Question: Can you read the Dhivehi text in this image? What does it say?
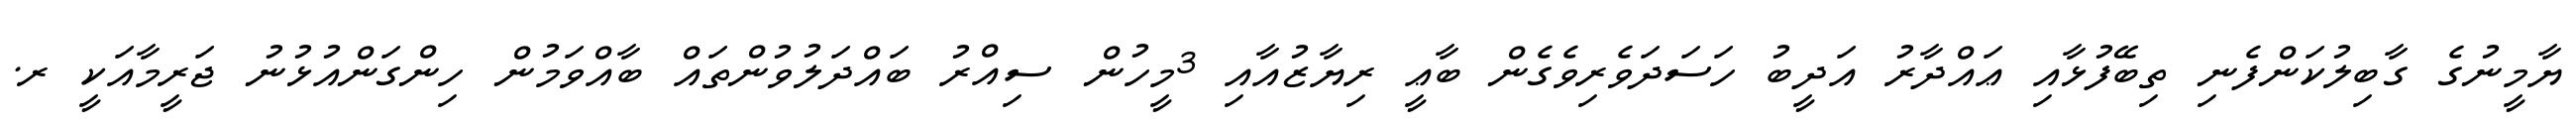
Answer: ޔާމީނުގެ ގާބިލުކަންފެނި ތިބޭފުޅާއި ޢައްދާރު އަދީބު ހަސަދަވެރިވެގެން ބާޢީ ރިޔާޒުއާއި 3މީހުން ސިއްރު ބައްދަލުވުންތައް ބާއްވަމުން ހިންގަންއުޅުނު ޖަރީމާއަކީ ރ.